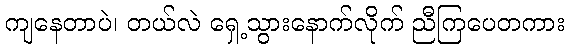
ကျနေတာပဲ၊ တယ်လဲ ရှေ့သွားနောက်လိုက် ညီကြပေတကား